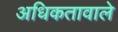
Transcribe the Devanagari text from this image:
अधिकतावाले